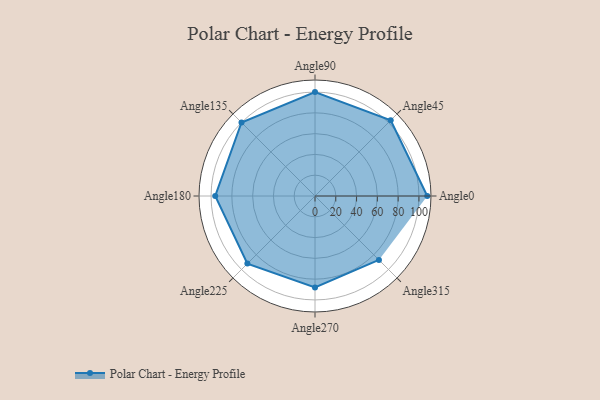
{"axis": {"x": "Angle", "y": "Radius"}, "legend": [""], "data": [{"x": "Angle0", "y": 108.0, "type": ""}, {"x": "Angle45", "y": 103.0, "type": ""}, {"x": "Angle90", "y": 100.0, "type": ""}, {"x": "Angle135", "y": 100.0, "type": ""}, {"x": "Angle180", "y": 96.0, "type": ""}, {"x": "Angle225", "y": 92.0, "type": ""}, {"x": "Angle270", "y": 88.0, "type": ""}, {"x": "Angle315", "y": 87.0, "type": ""}]}